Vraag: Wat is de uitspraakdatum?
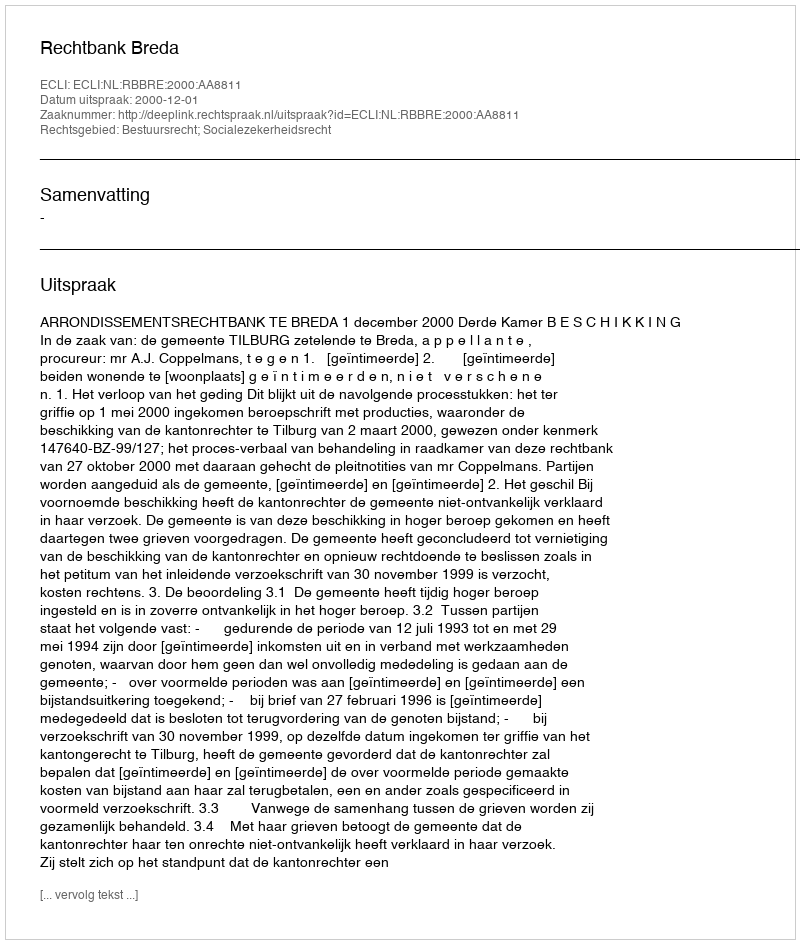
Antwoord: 2000-12-01